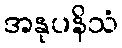
အနုပနိသံ